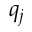
q _ { j }